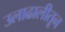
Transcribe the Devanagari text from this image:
उलाढालीतून